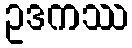
ဥဒကဿ